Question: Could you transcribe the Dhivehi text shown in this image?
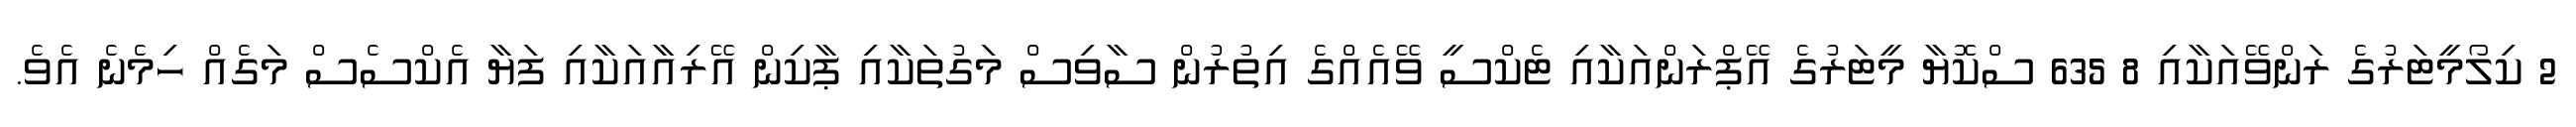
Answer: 2 ކިލޯމީޓަރުގެ ރަންވޭއަކާއި 8 635 ސްކޮޔާ މީޓަރުގެ އޭޕްރަންއަކާއި ޓެކްސީ ވޭއެއްގެ އިތުރުން ސާވިސް މަގުތަކާއި ޕާކިން އޭރިއާއަކާއި ފަޔާ އެކްސެސް މަގެއް ހިމެނެ އެވެ.